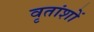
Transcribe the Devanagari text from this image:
वृतांशों